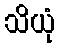
သိယုံ